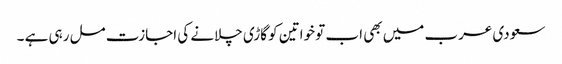
سعودی عرب میں بھی اب تو خواتین کو گاڑی چلانے کی اجازت مل رہی ہے ۔